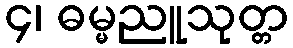
၄၊ ဓမ္မညူသုတ္တ